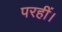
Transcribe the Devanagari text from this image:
परहीं।